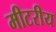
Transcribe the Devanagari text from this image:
मीटरीय